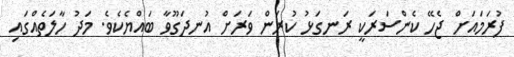
ފުރަމައަށް ޖެހޭ ކެންސަރަކީ ރަނގަޅު ކުރަން ވަރަށް އުނދަގޫވާ ބައްޔެކެވެ. މަދު ހާލަތެއްގައި